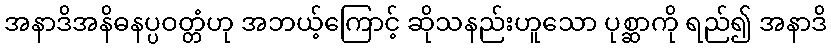
အနာဒိအနိဓနပ္ပဝတ္တံဟု အဘယ့်ကြောင့် ဆိုသနည်းဟူသော ပုစ္ဆာကို ရည်၍ အနာဒိ